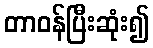
တာဝန်ပြီးဆုံး၍